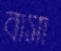
বাসা